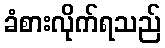
ခံစားလိုက်ရသည်